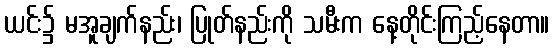
ယင်း၌ မအူချက်နည်း၊ ပြုတ်နည်းကို သမီးက နေ့တိုင်းကြည့်နေတာ။